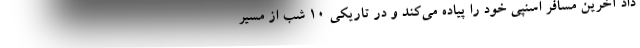
داد آخرین مسافر اسنپی خود را پیاده می‌کند و در تاریکی ۱۰ شب از مسیر